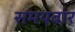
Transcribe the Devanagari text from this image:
समयवार